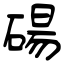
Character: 碭